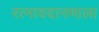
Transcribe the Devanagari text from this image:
रत्नावदानमाला